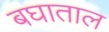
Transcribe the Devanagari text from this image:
बघाताल